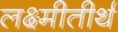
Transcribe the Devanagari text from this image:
लक्ष्मीतीर्थ